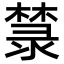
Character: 㯟